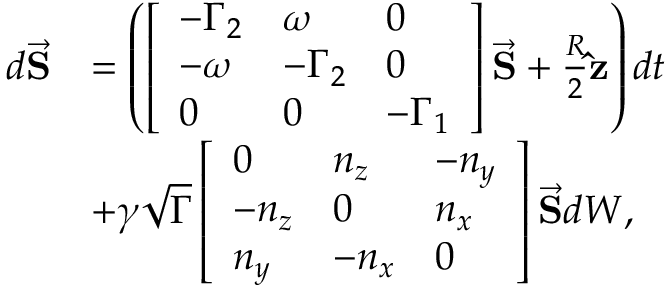
\begin{array} { r l } { d \vec { \mathbf S } } & { = \left( \left[ \begin{array} { l l l } { - \Gamma _ { 2 } } & { \omega } & { 0 } \\ { - \omega } & { - \Gamma _ { 2 } } & { 0 } \\ { 0 } & { 0 } & { - \Gamma _ { 1 } } \end{array} \right] \vec { \mathbf S } + \frac { R } { 2 } \mathbf { \hat { z } } \right) d t } \\ & { + \gamma \sqrt { \Gamma } \left[ \begin{array} { l l l } { 0 } & { n _ { z } } & { - n _ { y } } \\ { - n _ { z } } & { 0 } & { n _ { x } } \\ { n _ { y } } & { - n _ { x } } & { 0 } \end{array} \right] \vec { \mathbf S } d W , } \end{array}